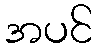
အပင်